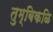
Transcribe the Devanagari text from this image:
तुम्बिकळि